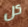
كل